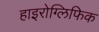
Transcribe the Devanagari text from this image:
हाइरोग्लिफिक